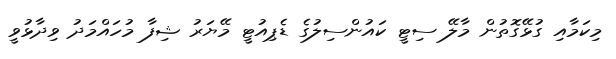
މިކަމާއި ގުޅޭގޮތުން މާލޭ ސިޓީ ކައުންސިލުގެ ޑެޕިއުޓީ މޭޔަރު ޝިފާ މުހައްމަދު ވިދާޅުވީ